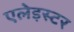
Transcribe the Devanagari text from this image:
एलेइस्टर